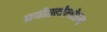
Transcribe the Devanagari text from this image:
एपोस्टोलोरम